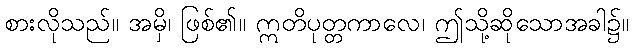
စားလိုသည်။ အမှိ၊ ဖြစ်၏။ ဣတိပုတ္တကာလေ၊ ဤသို့ဆိုသောအခါ၌။